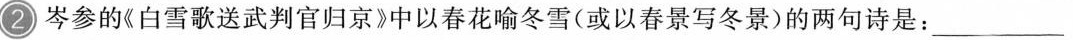
2 岑参的《白雪歌送武判官归京》中以春花喻冬雪(或以春景写冬景)的两句诗是：___